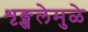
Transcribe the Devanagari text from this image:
शृङ्खलेमुळे